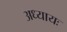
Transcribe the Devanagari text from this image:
अध्यायः